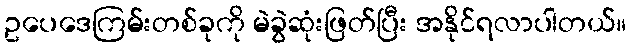
ဥပေဒေကြမ်းတစ်ခုကို မဲခွဲဆုံးဖြတ်ပြီး အနိုင်ရလာပါတယ်။